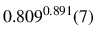
0 . 8 0 9 ^ { 0 . 8 9 1 } ( 7 )